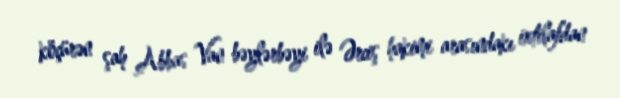
köçürən şah Abbas Van bəylərbəyi ilə Ərciş hakimi arasındakı ixtilafdan